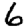
Digit: 6